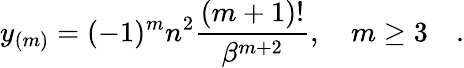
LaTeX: y_{(m)}=(-1)^{m}n^{2}{\frac{(m+1)!}{\beta^{m+2}}},\quad m\ge 3\quad.